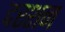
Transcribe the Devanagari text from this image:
दरशन